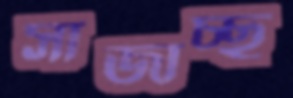
সাজাচ্ছ